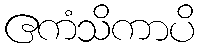
ဧကံသိကာပိ